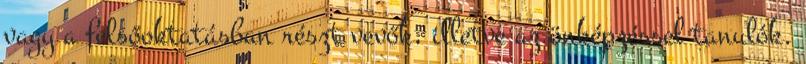
vagy a felsőoktatásban részt vevők, illetve az önképzéssel tanulók.